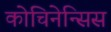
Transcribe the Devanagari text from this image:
कोचिनेन्सिस